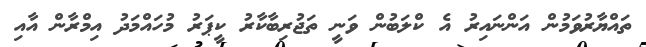
ތައްޔާރުވަމުން އަންނައިރު އެ ކްލަބުން ވަނީ ތަޖުރިބާކާރު ކީޕަރު މުހައްމަދު އިމްރާން އާއި